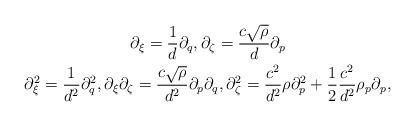
LaTeX: \begin{gather*} \partial_\xi = \frac{1}{d}\partial_q, \partial_\zeta = \frac{c\sqrt{\rho}}{d} \partial_p \\\partial_{\xi}^2 = \frac{1}{d^2} \partial_q^2, \partial_\xi \partial_\zeta = \frac{c \sqrt{\rho}}{d^2} \partial_p \partial_q, \partial_\zeta^2 = \frac{c^2}{d^2} \rho \partial_p^2 + \frac{1}{2} \frac{c^2}{d^2} \rho_p \partial_p, \end{gather*}